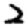
Digit: 2